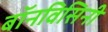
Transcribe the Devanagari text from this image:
बॉनविसिनी